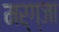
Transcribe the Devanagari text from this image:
मर्ग्जा